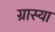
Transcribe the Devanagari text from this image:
ग्रास्या